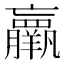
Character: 𮊵